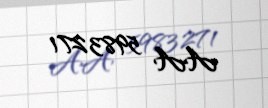
AA 5983271